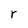
Character: r